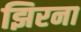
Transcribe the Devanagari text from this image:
झिरना